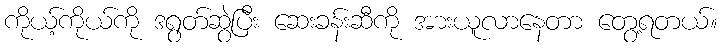
ကိုယ့်ကိုယ်ကို ဒရွတ်ဆွဲပြီး ဆေးခန်းဆီကို အားယူလာနေတာ တွေ့ရတယ်။